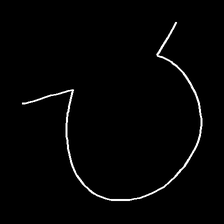
Glyph: weave